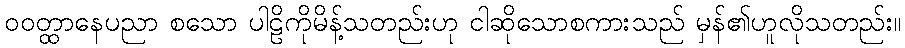
ဝဝတ္ထာနေပညာ စသော ပါဠိကိုမိန့်သတည်းဟု ငါဆိုသောစကားသည် မှန်၏ဟူလိုသတည်း။